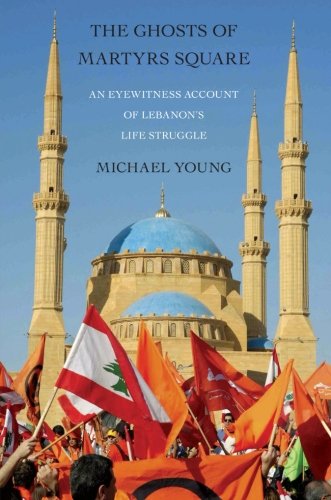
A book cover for The Ghosts of Martyrs Square: An Eyewitness Account of Lebanon's Life Struggle; Michael Young; History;